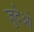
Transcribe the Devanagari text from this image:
जुदेओ